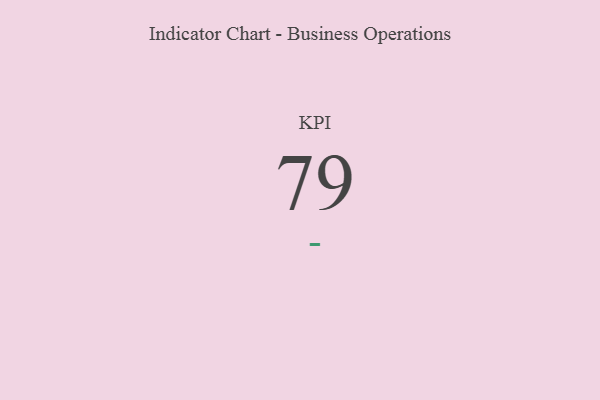
{"axis": {"x": "KPI", "y": "Value"}, "legend": [""], "data": [{"x": "KPI", "y": 79, "type": ""}]}